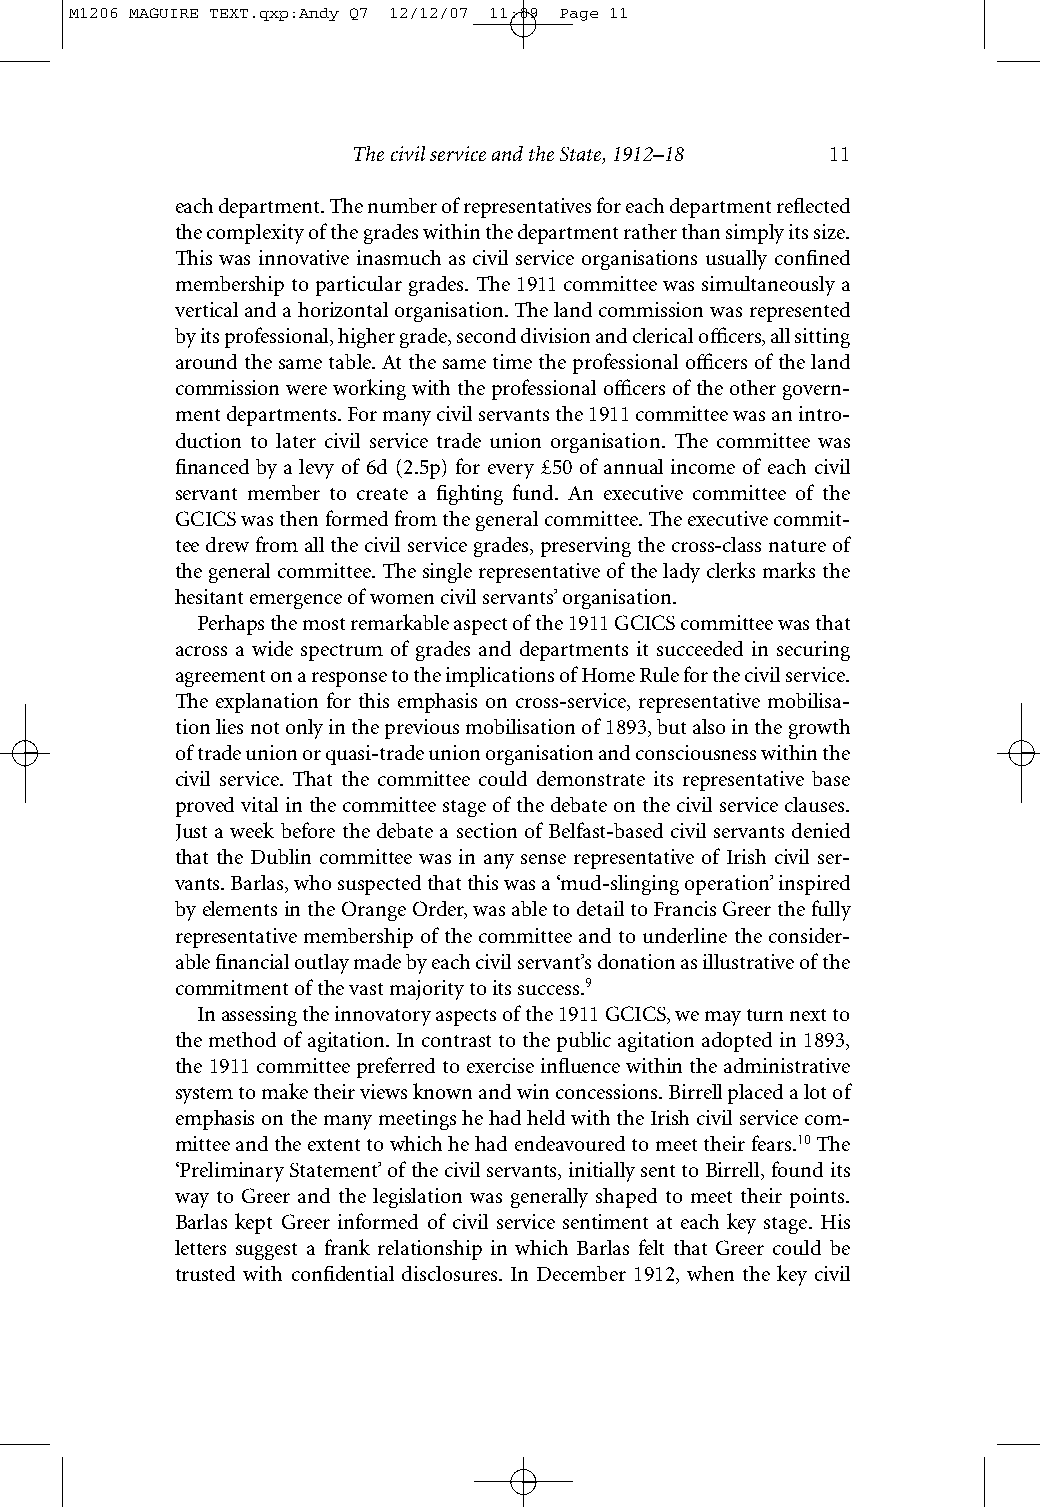
M1206 MAGUIRE TEXT.qxp:Andy Q7 12/12/07 11:09 Page 11
 The civil service and the State, 1912–18 11
 each department. The number of representatives for each department reflected
 the complexity of the grades within the department rather than simply its size.
 This was innovative inasmuch as civil service organisations usually confined
 membership to particular grades. The 1911 committee was simultaneously a
 vertical and a horizontal organisation. The land commission was represented
 by its professional, higher grade, second division and clerical officers, all sitting
 around the same table. At the same time the professional officers of the land
 commission were working with the professional officers of the other govern-
 ment departments. For many civil servants the 1911 committee was an intro-
 duction to later civil service trade union organisation. The committee was
 financed by a levy of 6d (2.5p) for every £50 of annual income of each civil
 servant member to create a fighting fund. An executive committee of the
 GCICS was then formed from the general committee. The executive commit-
 tee drew from all the civil service grades, preserving the cross-class nature of
 the general committee. The single representative of the lady clerks marks the
 hesitant emergence of women civil servants’ organisation.
 Perhaps the most remarkable aspect of the 1911 GCICS committee was that
 across a wide spectrum of grades and departments it succeeded in securing
 agreement on a response to the implications of Home Rule for the civil service.
 The explanation for this emphasis on cross-service, representative mobilisa-
 tion lies not only in the previous mobilisation of 1893, but also in the growth
 of trade union or quasi-trade union organisation and consciousness within the
 civil service. That the committee could demonstrate its representative base
 proved vital in the committee stage of the debate on the civil service clauses.
 Just a week before the debate a section of Belfast-based civil servants denied
 that the Dublin committee was in any sense representative of Irish civil ser-
 vants. Barlas, who suspected that this was a ‘mud-slinging operation’ inspired
 by elements in the Orange Order, was able to detail to Francis Greer the fully
 representative membership of the committee and to underline the consider-
 able financial outlay made by each civil servant’s donation as illustrative of the
 commitment of the vast majority to its success.9
 In assessing the innovatory aspects of the 1911 GCICS, we may turn next to
 the method of agitation. In contrast to the public agitation adopted in 1893,
 the 1911 committee preferred to exercise influence within the administrative
 system to make their views known and win concessions. Birrell placed a lot of
 emphasis on the many meetings he had held with the Irish civil service com-
 mittee and the extent to which he had endeavoured to meet their fears.10The
 ‘Preliminary Statement’ of the civil servants, initially sent to Birrell, found its
 way to Greer and the legislation was generally shaped to meet their points.
 Barlas kept Greer informed of civil service sentiment at each key stage. His
 letters suggest a frank relationship in which Barlas felt that Greer could be
 trusted with confidential disclosures. In December 1912, when the key civil